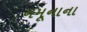
નમૂનાના